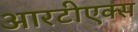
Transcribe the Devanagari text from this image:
आरटीएक्स